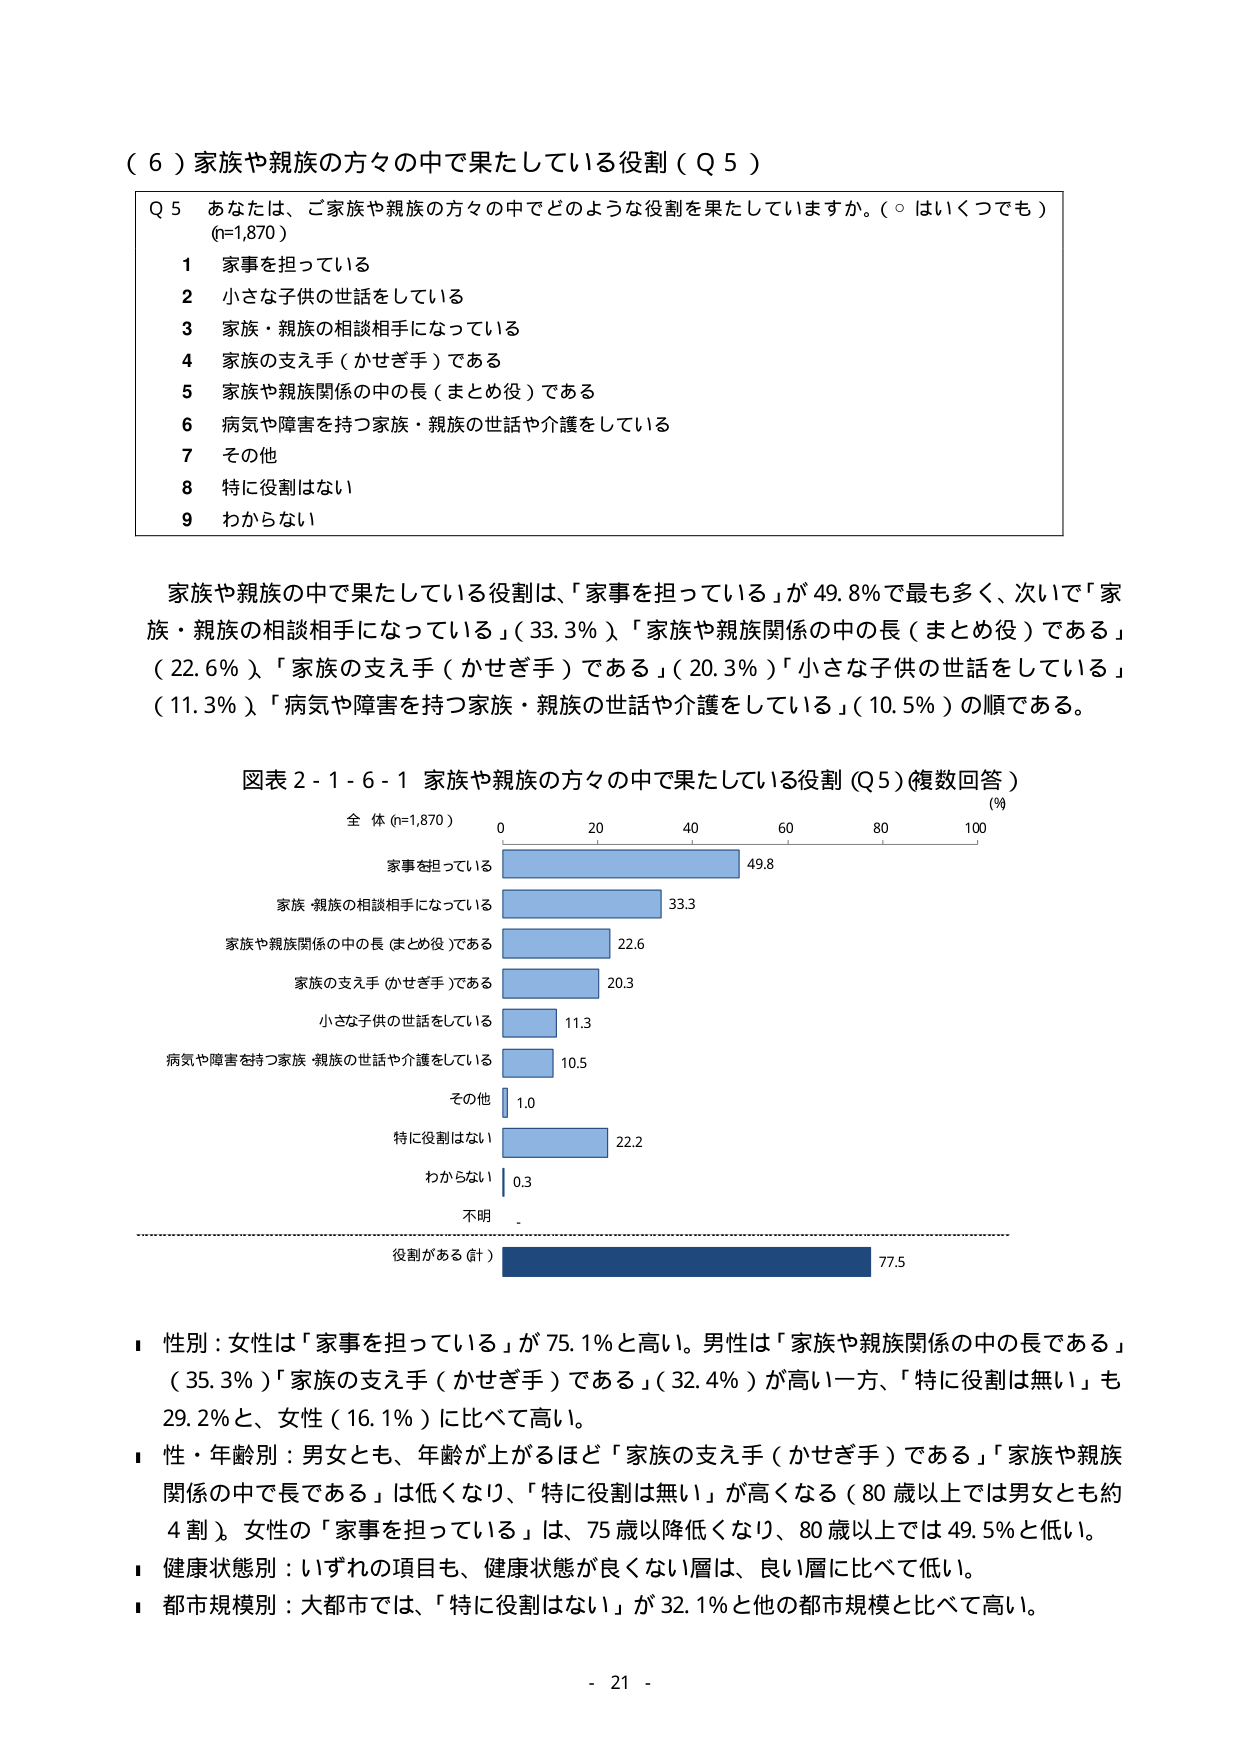
（６）家族や親族の方々の中で果たしている役割（Ｑ５）

Ｑ５ あなたは、ご家族や親族の方々の中でどのような役割を果たしていますか。（○ はいくつでも）
(n=1,870)
１ 家事を担っている
２ 小さな子供の世話をしている
３ 家族・親族の相談相手になっている
４ 家族の支え手（かせぎ手）である
５ 家族や親族関係の中の長（まとめ役）である
６ 病気や障害を持つ家族・親族の世話や介護をしている
７ その他
８ 特に役割はない
９ わからない

家族や親族の中で果たしている役割は、「家事を担っている」が49.8％で最も多く、次いで「家族・親族の相談相手になっている」（33.3％）、「家族や親族関係の中の長（まとめ役）である」（22.6％）、「家族の支え手（かせぎ手）である」（20.3％）、「小さな子供の世話をしている」（11.3％）、「病気や障害を持つ家族・親族の世話や介護をしている」（10.5％）の順である。

図表２-１-６-１ 家族や親族の方々の中で果たしている役割（Ｑ５）（複数回答）
全 体 (n=1,870)
(％)
0 20 40 60 80 100
家事を担っている 49.8
家族・親族の相談相手になっている 33.3
家族や親族関係の中の長（まとめ役）である 22.6
家族の支え手（かせぎ手）である 20.3
小さな子供の世話をしている 11.3
病気や障害を持つ家族・親族の世話や介護をしている 10.5
その他 1.0
特に役割はない 22.2
わからない 0.3
不明 -
役割がある（計） 77.5

■ 性別：女性は「家事を担っている」が75.1％と高い。男性は「家族や親族関係の中の長である」（35.3％）、「家族の支え手（かせぎ手）である」（32.4％）が高い一方、「特に役割は無い」も29.2％と、女性（16.1％）に比べて高い。
■ 性・年齢別：男女とも、年齢が上がるほど「家族の支え手（かせぎ手）である」「家族や親族関係の中で長である」は低くなり、「特に役割は無い」が高くなる（80歳以上では男女とも約4割）。女性の「家事を担っている」は、75歳以降低くなり、80歳以上では49.5％と低い。
■ 健康状態別：いずれの項目も、健康状態が良くない層は、良い層に比べて低い。
■ 都市規模別：大都市では、「特に役割はない」が32.1％と他の都市規模と比べて高い。

- 21 -